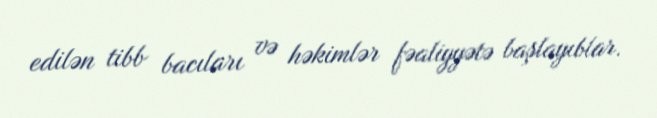
edilən tibb bacıları və həkimlər fəaliyyətə başlayıblar.